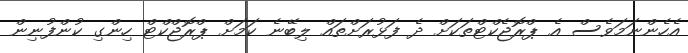
އެހެންނަމަވެސް އެ ޕްރޮޖެކްޓްތަކަށް ދެ ފަޅުރަށްތައް ލިބޭނެ ކަަމަށް ޕްރޮޖްކްޓް ހިންގި ކުންފުނިން